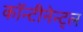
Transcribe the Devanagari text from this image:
कॉन्टीनेन्ट्ल